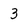
Character: 3